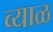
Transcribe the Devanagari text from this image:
व्याळ